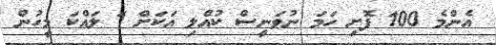
އެންމެ 100 ފޮށި ހަމަ ނުވަނީސް ކުއްލި އަކަށް 1 ލައްކަ މީހުން